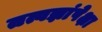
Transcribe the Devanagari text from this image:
तत्वज्ञांपेक्षा